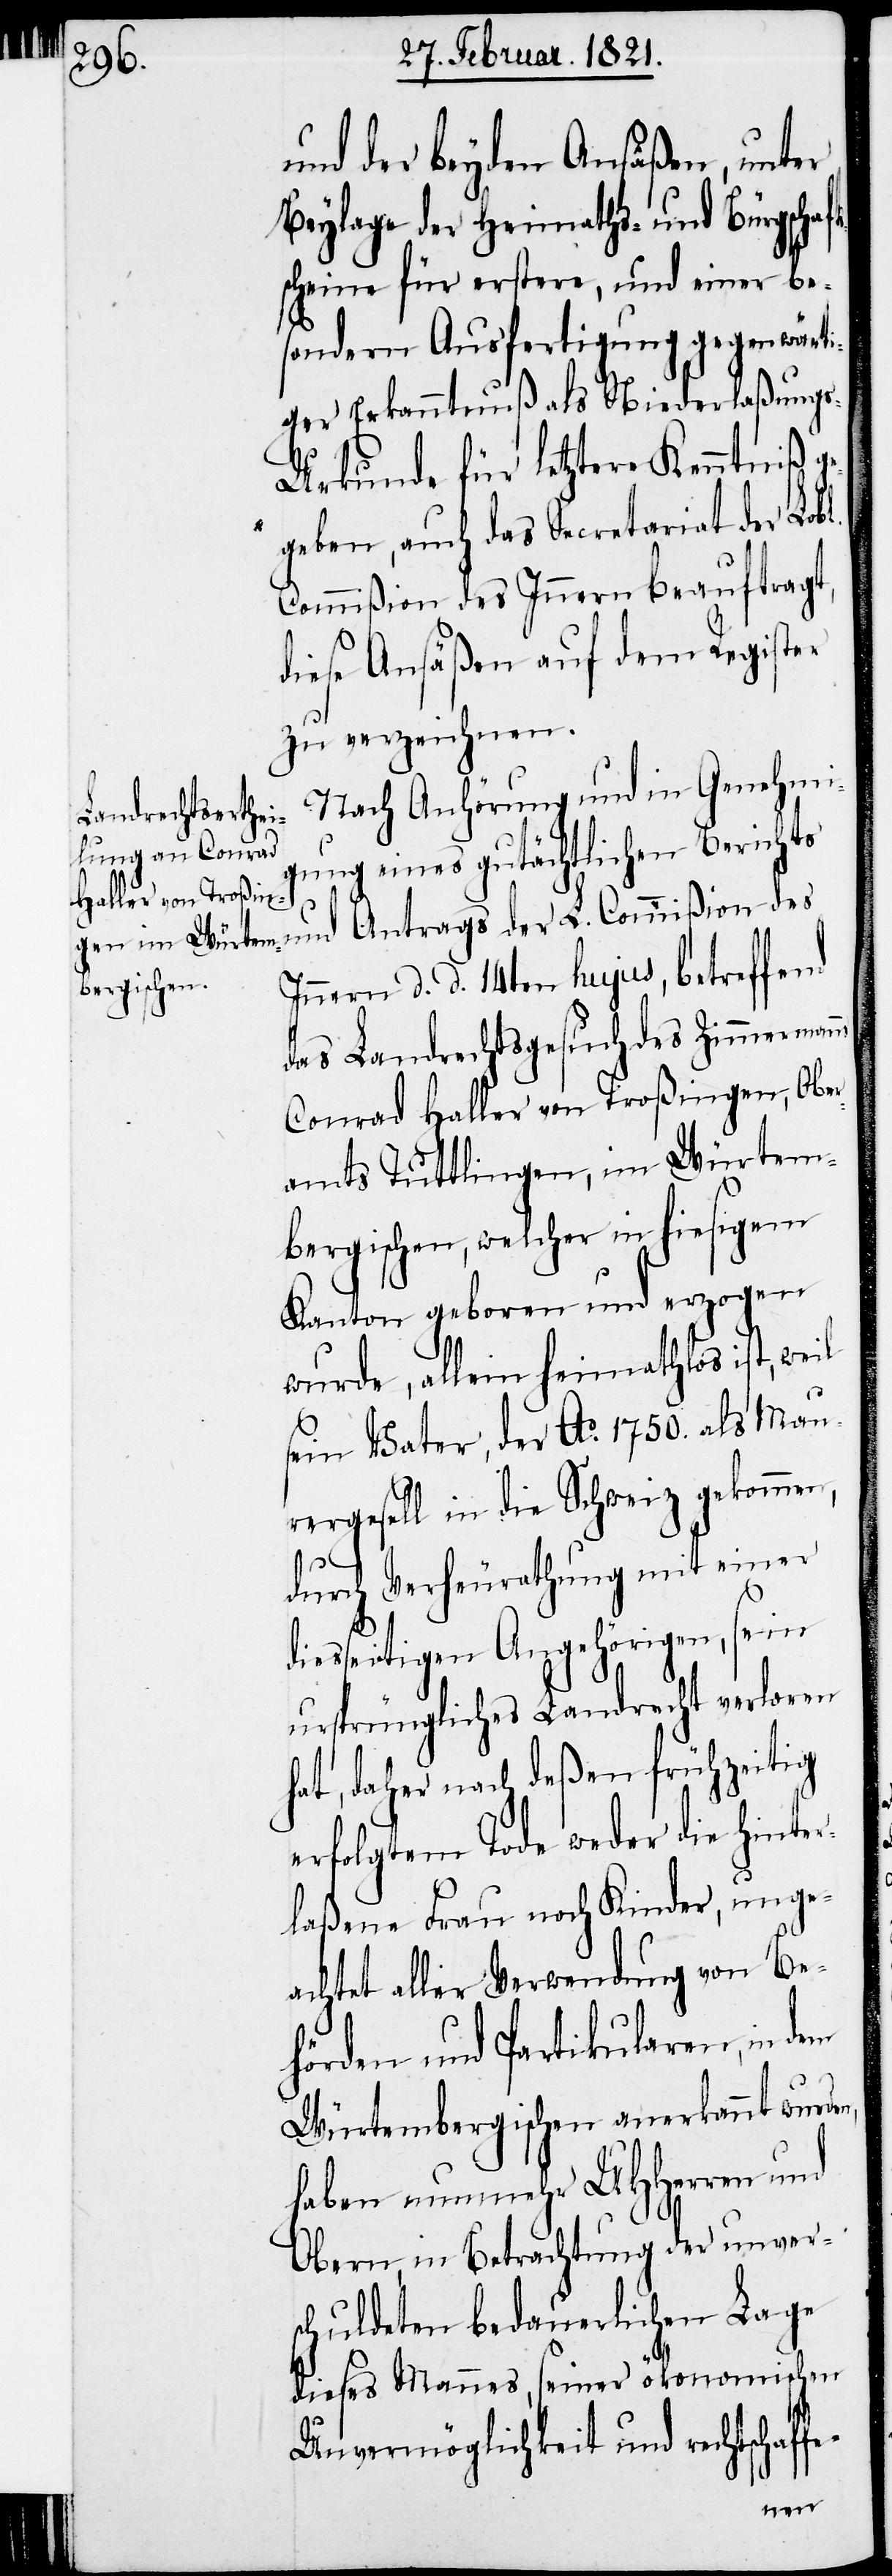
und der beyden Ansäßen, unter
Beylage der Heimaths- und Bürgschaf¬
scheine für erstere, und einer be¬
sondern Ausfertigung gegenwärti¬
ger Erkanntnuß als Niederlaßung¬
s-Urkunde für letztere Kenntniß g¬
egeben, auch das Secretariat der Lobl.
Commißion des Innern beauftragt,
diese Ansäßen auf dem Register
zu verzeichnen.
Nach Anhörung und in Genehmi¬
gung eines gutächtlichen Berichts
des
Innern d. d. 14ten hujus, betreffend
das Landrechtsgesuch des Zimmerman¬
Conrad Haller von Troßingen, Obe¬
ramts Tuttlingen, im Würtem¬
bergischen, welcher in hiesigem
Kanton geboren und erzogen
wurde, allein heimathlos ist, weil
sein Vater, der Ao. 1750. als Mau¬
rergesell in die Schweiz gekommen,
fe-
durch Verheurathung mit einer
diesseitigen Angehörigen, sein
ursprüngliches Landrecht verloren
hat, daher nach deßen frühzeitig
erfolgtem Tode weder die hinter¬
laßene Frau noch Kinder, unge¬
achtet aller Verwendung von Be¬
hörden und Partikularen, in dem
Würtembergischen anerkannt wurde¬
haben nunmehr UHHerren und
Obern in Betrachtung der unver¬
schuldeten bedauerlichen Lage
dieses Mannes, seiner ökonomischen
Unvermöglichkeit und rechtschaf¬